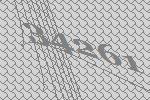
34261